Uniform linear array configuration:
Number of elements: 32
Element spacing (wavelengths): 0.25
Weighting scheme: cosine
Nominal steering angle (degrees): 15
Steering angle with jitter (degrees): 16.525
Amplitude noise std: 0.05
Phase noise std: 0.05

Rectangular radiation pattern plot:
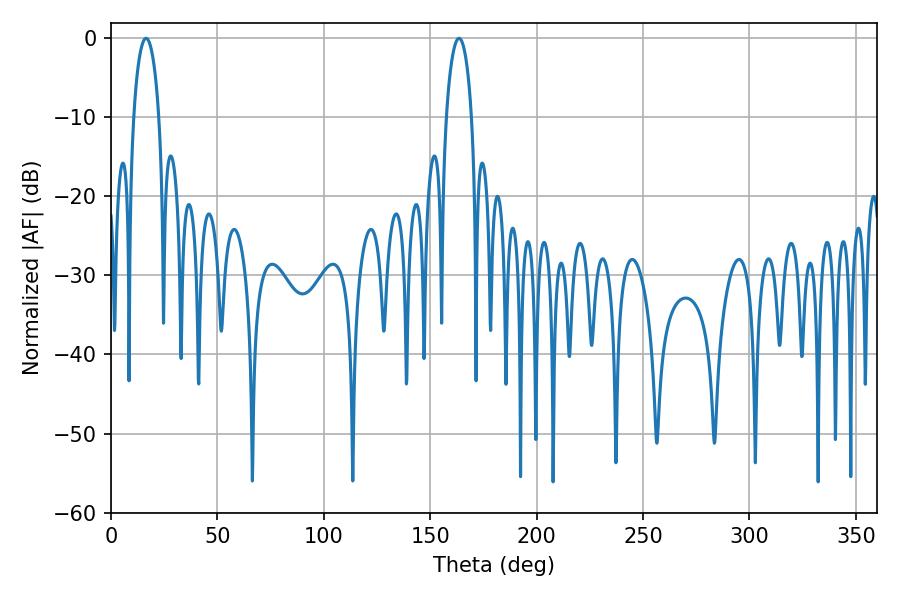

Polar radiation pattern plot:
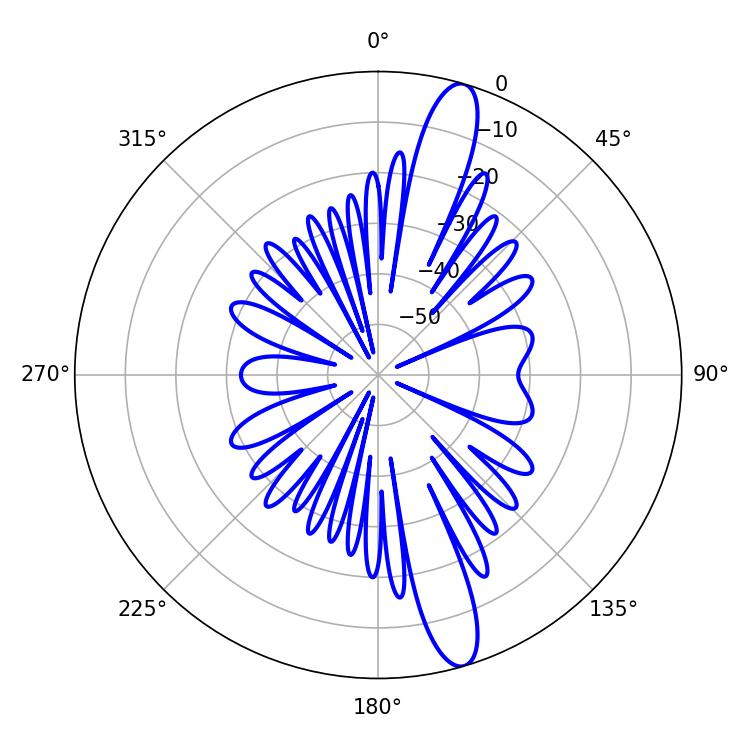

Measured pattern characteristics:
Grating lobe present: FALSE
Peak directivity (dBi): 14.277
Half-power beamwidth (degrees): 6.84
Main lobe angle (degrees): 16.56